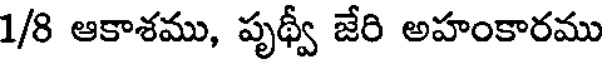
1/8 ఆకాశము, పృథ్వీ జేరి అహంకారము